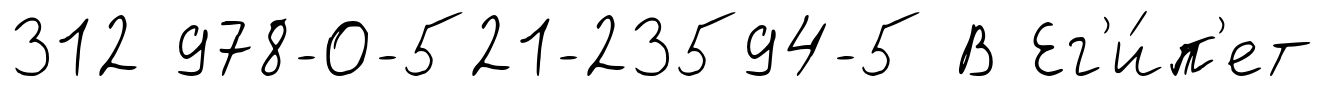
312 978-0-521-23594-5 В Ег'и́п'ет